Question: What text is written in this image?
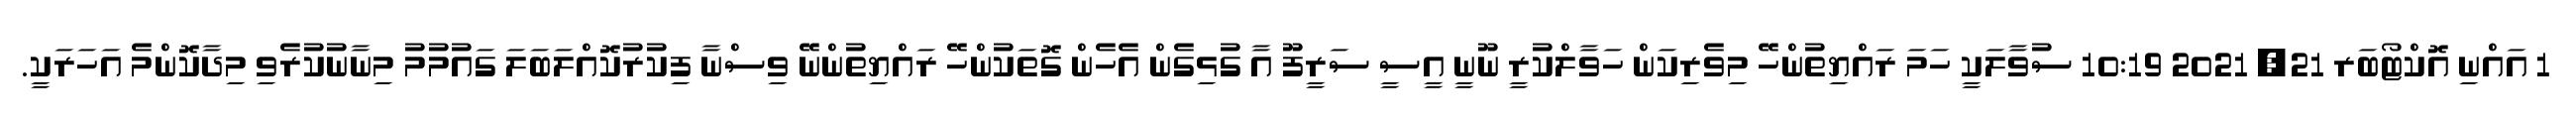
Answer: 1 އައްނި އޮކްޓޯބަރ 21, 2021 10:19 ސުވާލަކީ ހަމަ ރައްޔިތުންހޭ މިވެރިކަން ހަވާލްކުރީ ނޫނީ އީސީ ސަރީފޫ އާ ގުޅިގެން އެހެން ގޮތަކުންހޭ ރައްޔިތުންނޭ ވިސްނާ ފިކުރުކޮއްލަބަލަ ގައުމުމު މިނާނުކުރެވި މިދާކޮންމެ އަހަރަކީ.